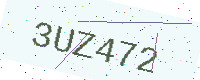
Text: 3UZ472